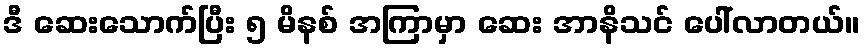
ဒီ ဆေးသောက်ပြီး ၅ မိနစ် အကြာမှာ ဆေး အာနိသင် ပေါ်လာတယ်။